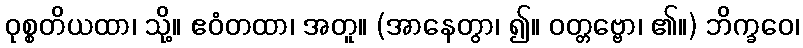
ဝုစ္စတိယထာ၊ သို့။ ဧဝံတထာ၊ အတူ။ (အာနေတွာ၊ ၍။ ဝတ္တဗ္ဗော၊ ၏။) ဘိက္ခဝေ၊